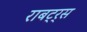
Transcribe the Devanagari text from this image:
राबट्र्स